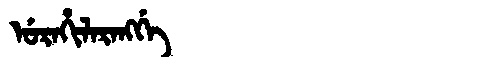
Manchu: ᡠᡵᠠᡥᡳᠯᠠᡵᠠᠩᡤᡝ
Romanization: URAHILARANGGE